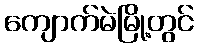
ကျောက်မဲမြို့တွင်